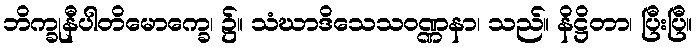
ဘိက္ခုနီပါတိမောက္ခေ၊ ၌။ သံဃာဒိသေသဝဏ္ဏနာ၊ သည်။ နိဋ္ဌိတာ၊ ပြီးပြီ။